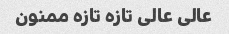
عالی عالی تازه تازه ممنون